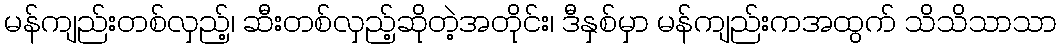
မန်ကျည်းတစ်လှည့်၊ ဆီးတစ်လှည့်ဆိုတဲ့အတိုင်း၊ ဒီနှစ်မှာ မန်ကျည်းကအထွက် သိသိသာသာ